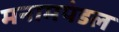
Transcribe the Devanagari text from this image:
मनामपंडल